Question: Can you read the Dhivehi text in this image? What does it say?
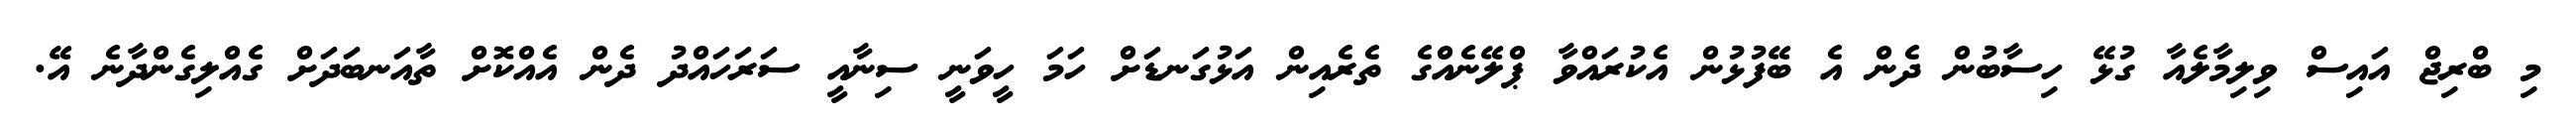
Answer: މި ބްރިޖް އައިސް ވިލިމާލެއާ ގުޅޭ ހިސާބުން ދެން އެ ބޭފުޅުން އެކުރައްވާ ޕްލޭނެއްގެ ތެރެއިން އަޅުގަނޑަށް ހަމަ ހީވަނީ ސިނާއީ ސަރަހައްދު ދެން އެއްކޮށް ތާއަނބަދަށް ގެއްލިގެންދާނެ އޭ.